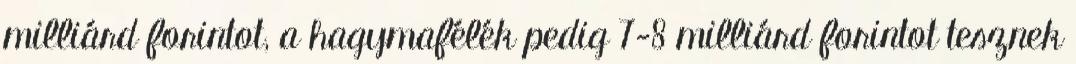
milliárd forintot, a hagymafélék pedig 7-8 milliárd forintot tesznek